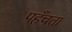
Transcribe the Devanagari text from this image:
पहँचता